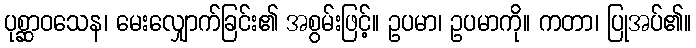
ပုစ္ဆာဝသေန၊ မေးလျှောက်ခြင်း၏ အစွမ်းဖြင့်။ ဥပမာ၊ ဥပမာကို။ ကတာ၊ ပြုအပ်၏။